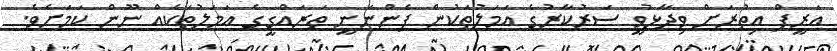
އަރީފް އިތުރަށް ވިދާޅުވީ ސަރުކާރުގެ އަމަލުތަކުން ފެންނަނީ ތަރައްގީގެ އަމަލުތަކެއް ނޫން ކަމަށެވެ.